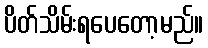
ပိတ်သိမ်းရပေတော့မည်။